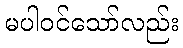
မပါဝင်သော်လည်း